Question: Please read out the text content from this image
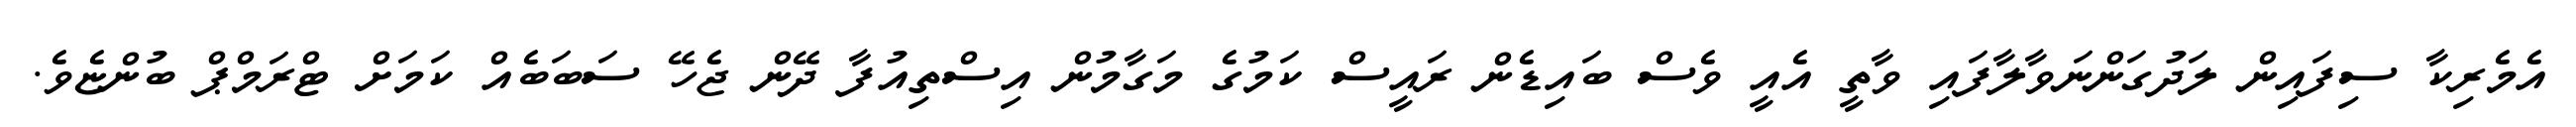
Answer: އެމެރިކާ ސިފައިން ލަދުގަންނަވާލާފައި ވާތީ އެއީ ވެސް ބައިޑެން ރައީސް ކަމުގެ މަގާމުން އިސްތިއުފާ ދޭން ޖެހޭ ސަބަބެއް ކަމަށް ޓްރަމްޕް ބުންޏެވެ.